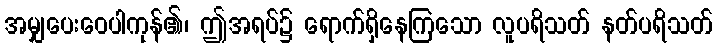
အမျှပေးဝေပါကုန်၏၊ ဤအရပ်၌ ရောက်ရှိနေကြသော လူပရိသတ် နတ်ပရိသတ်